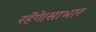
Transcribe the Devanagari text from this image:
रहेंगे।साभार